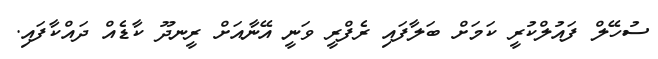
ސުހޭލް ފައުލްކުރީ ކަމަށް ބަލާފައި ރެފްރީ ވަނީ އޭނާއަށް ރީނދޫ ކާޑެއް ދައްކާފައި.